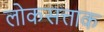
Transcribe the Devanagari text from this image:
लोकसत्ताक